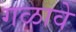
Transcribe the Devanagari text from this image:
गळावे